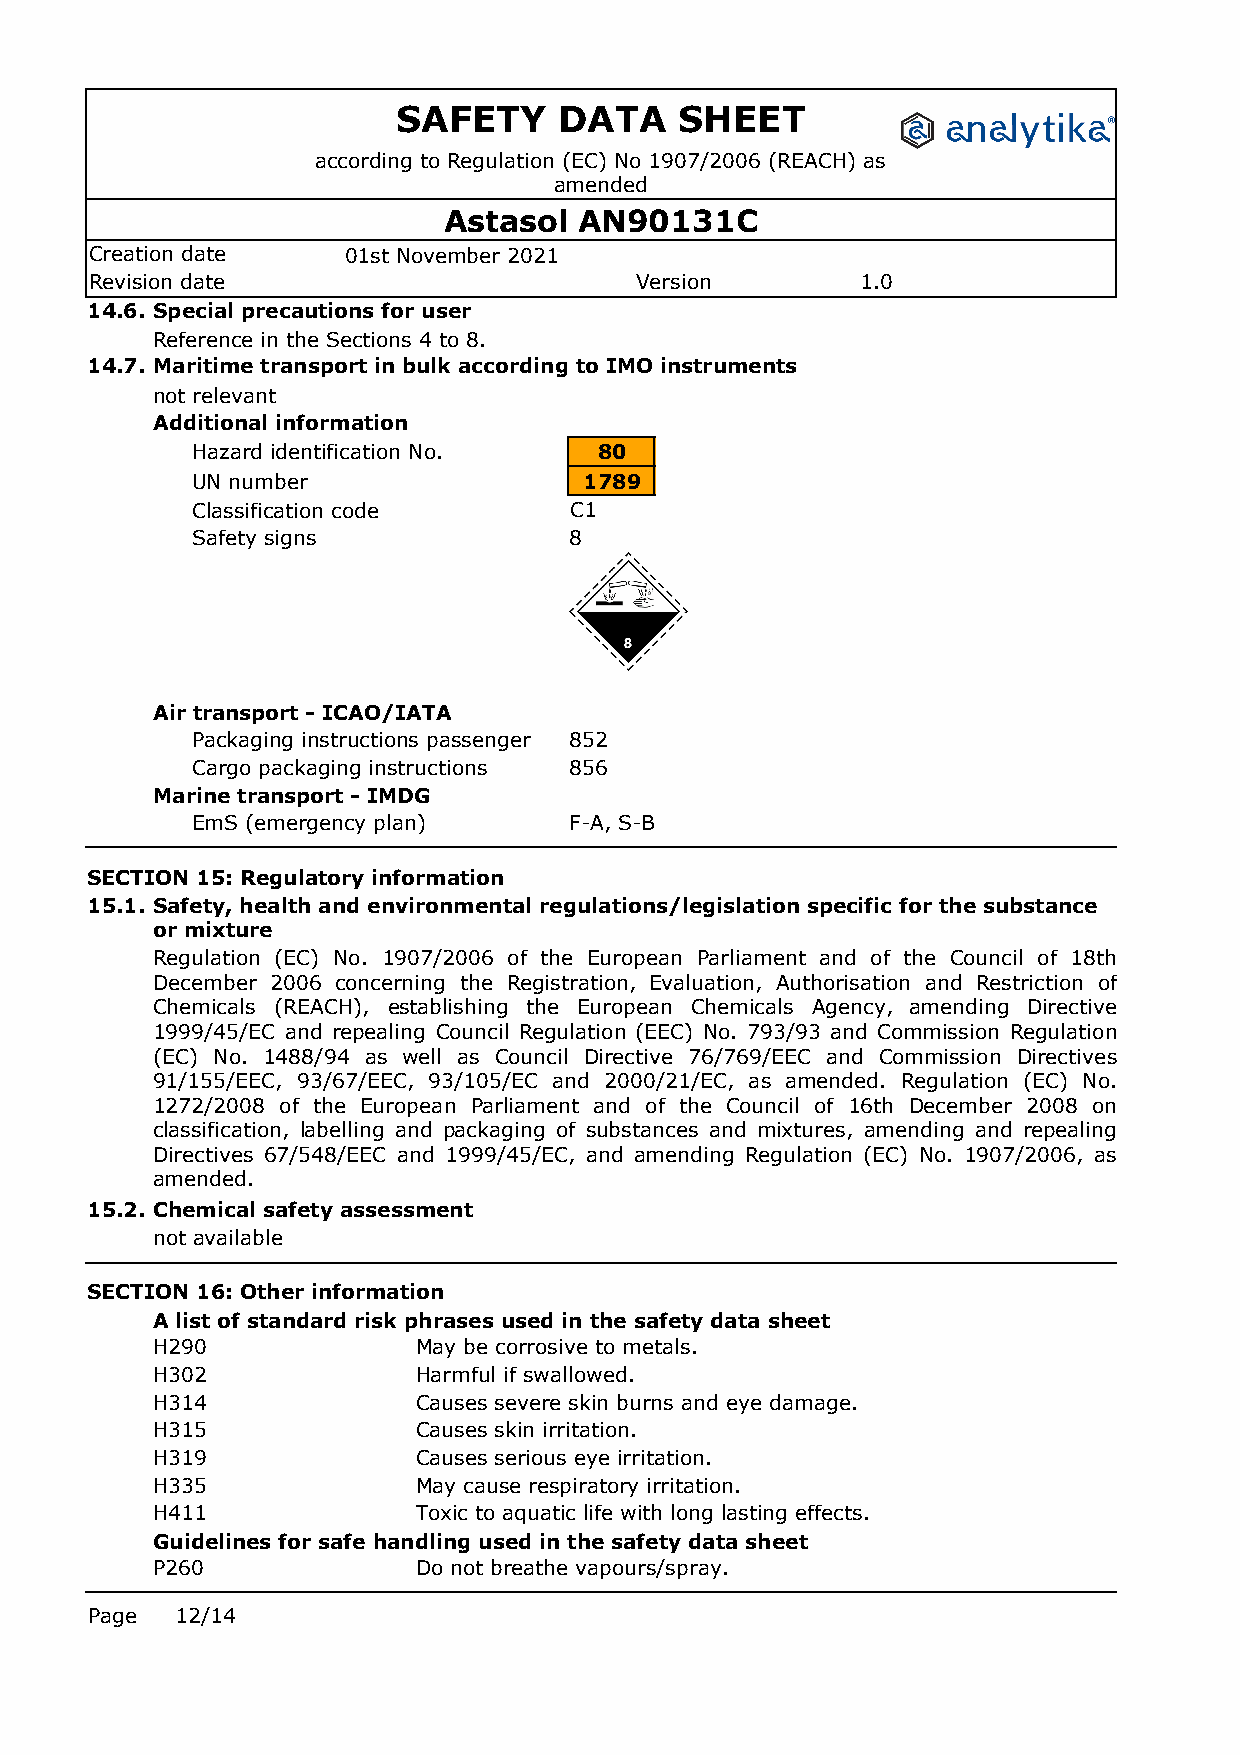
SAFETY     DATA    SHEET
 according to Regulation (EC) No 1907/2006 (REACH) as
 amended
 Astasol  AN90131C
 Creation date    01st November 2021
 Revision date                       Version        1.0
 14.6. Special precautions for user
 Reference in the Sections 4 to 8.
 14.7. Maritime transport in bulk according to IMO instruments
 not relevant
 Additional information
 Hazard identification No.  80
 UN number                 1789
 Classification code      C1
 Safety signs             8
 Air transport - ICAO/IATA
 Packaging instructions passenger 852
 Cargo packaging instructions 856
 Marine transport - IMDG
 EmS (emergency plan)     F-A, S-B
 SECTION 15: Regulatory information
 15.1. Safety, health and environmental regulations/legislation specific for the substance
 or mixture
 Regulation (EC) No. 1907/2006 of the European Parliament and of the Council of 18th
 December 2006 concerning the Registration, Evaluation, Authorisation and Restriction of
 Chemicals (REACH), establishing the European Chemicals Agency, amending Directive
 1999/45/EC and repealing Council Regulation (EEC) No. 793/93 and Commission Regulation
 (EC) No. 1488/94 as well as Council Directive 76/769/EEC and Commission Directives
 91/155/EEC, 93/67/EEC, 93/105/EC and 2000/21/EC, as amended. Regulation (EC) No.
 1272/2008 of the European Parliament and of the Council of 16th December 2008 on
 classification, labelling and packaging of substances and mixtures, amending and repealing
 Directives 67/548/EEC and 1999/45/EC, and amending Regulation (EC) No. 1907/2006, as
 amended.
 15.2. Chemical safety assessment
 not available
 SECTION 16: Other information
 A list of standard risk phrases used in the safety data sheet
 H290              May be corrosive to metals.
 H302              Harmful if swallowed.
 H314              Causes severe skin burns and eye damage.
 H315              Causes skin irritation.
 H319              Causes serious eye irritation.
 H335              May cause respiratory irritation.
 H411              Toxic to aquatic life with long lasting effects.
 Guidelines for safe handling used in the safety data sheet
 P260              Do not breathe vapours/spray.
 Page  12/14